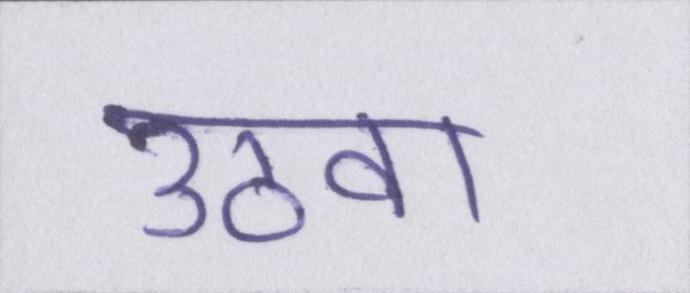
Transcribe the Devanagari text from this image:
उठवा